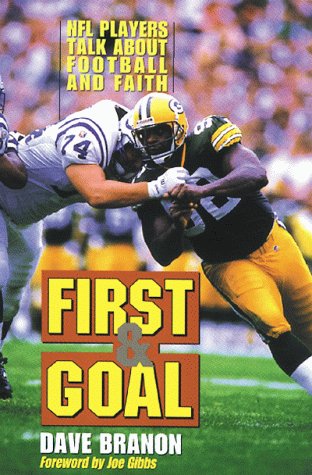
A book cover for First and Goal: NFL Players Talk about Football and Faith; Dave Branon; Christian Books & Bibles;